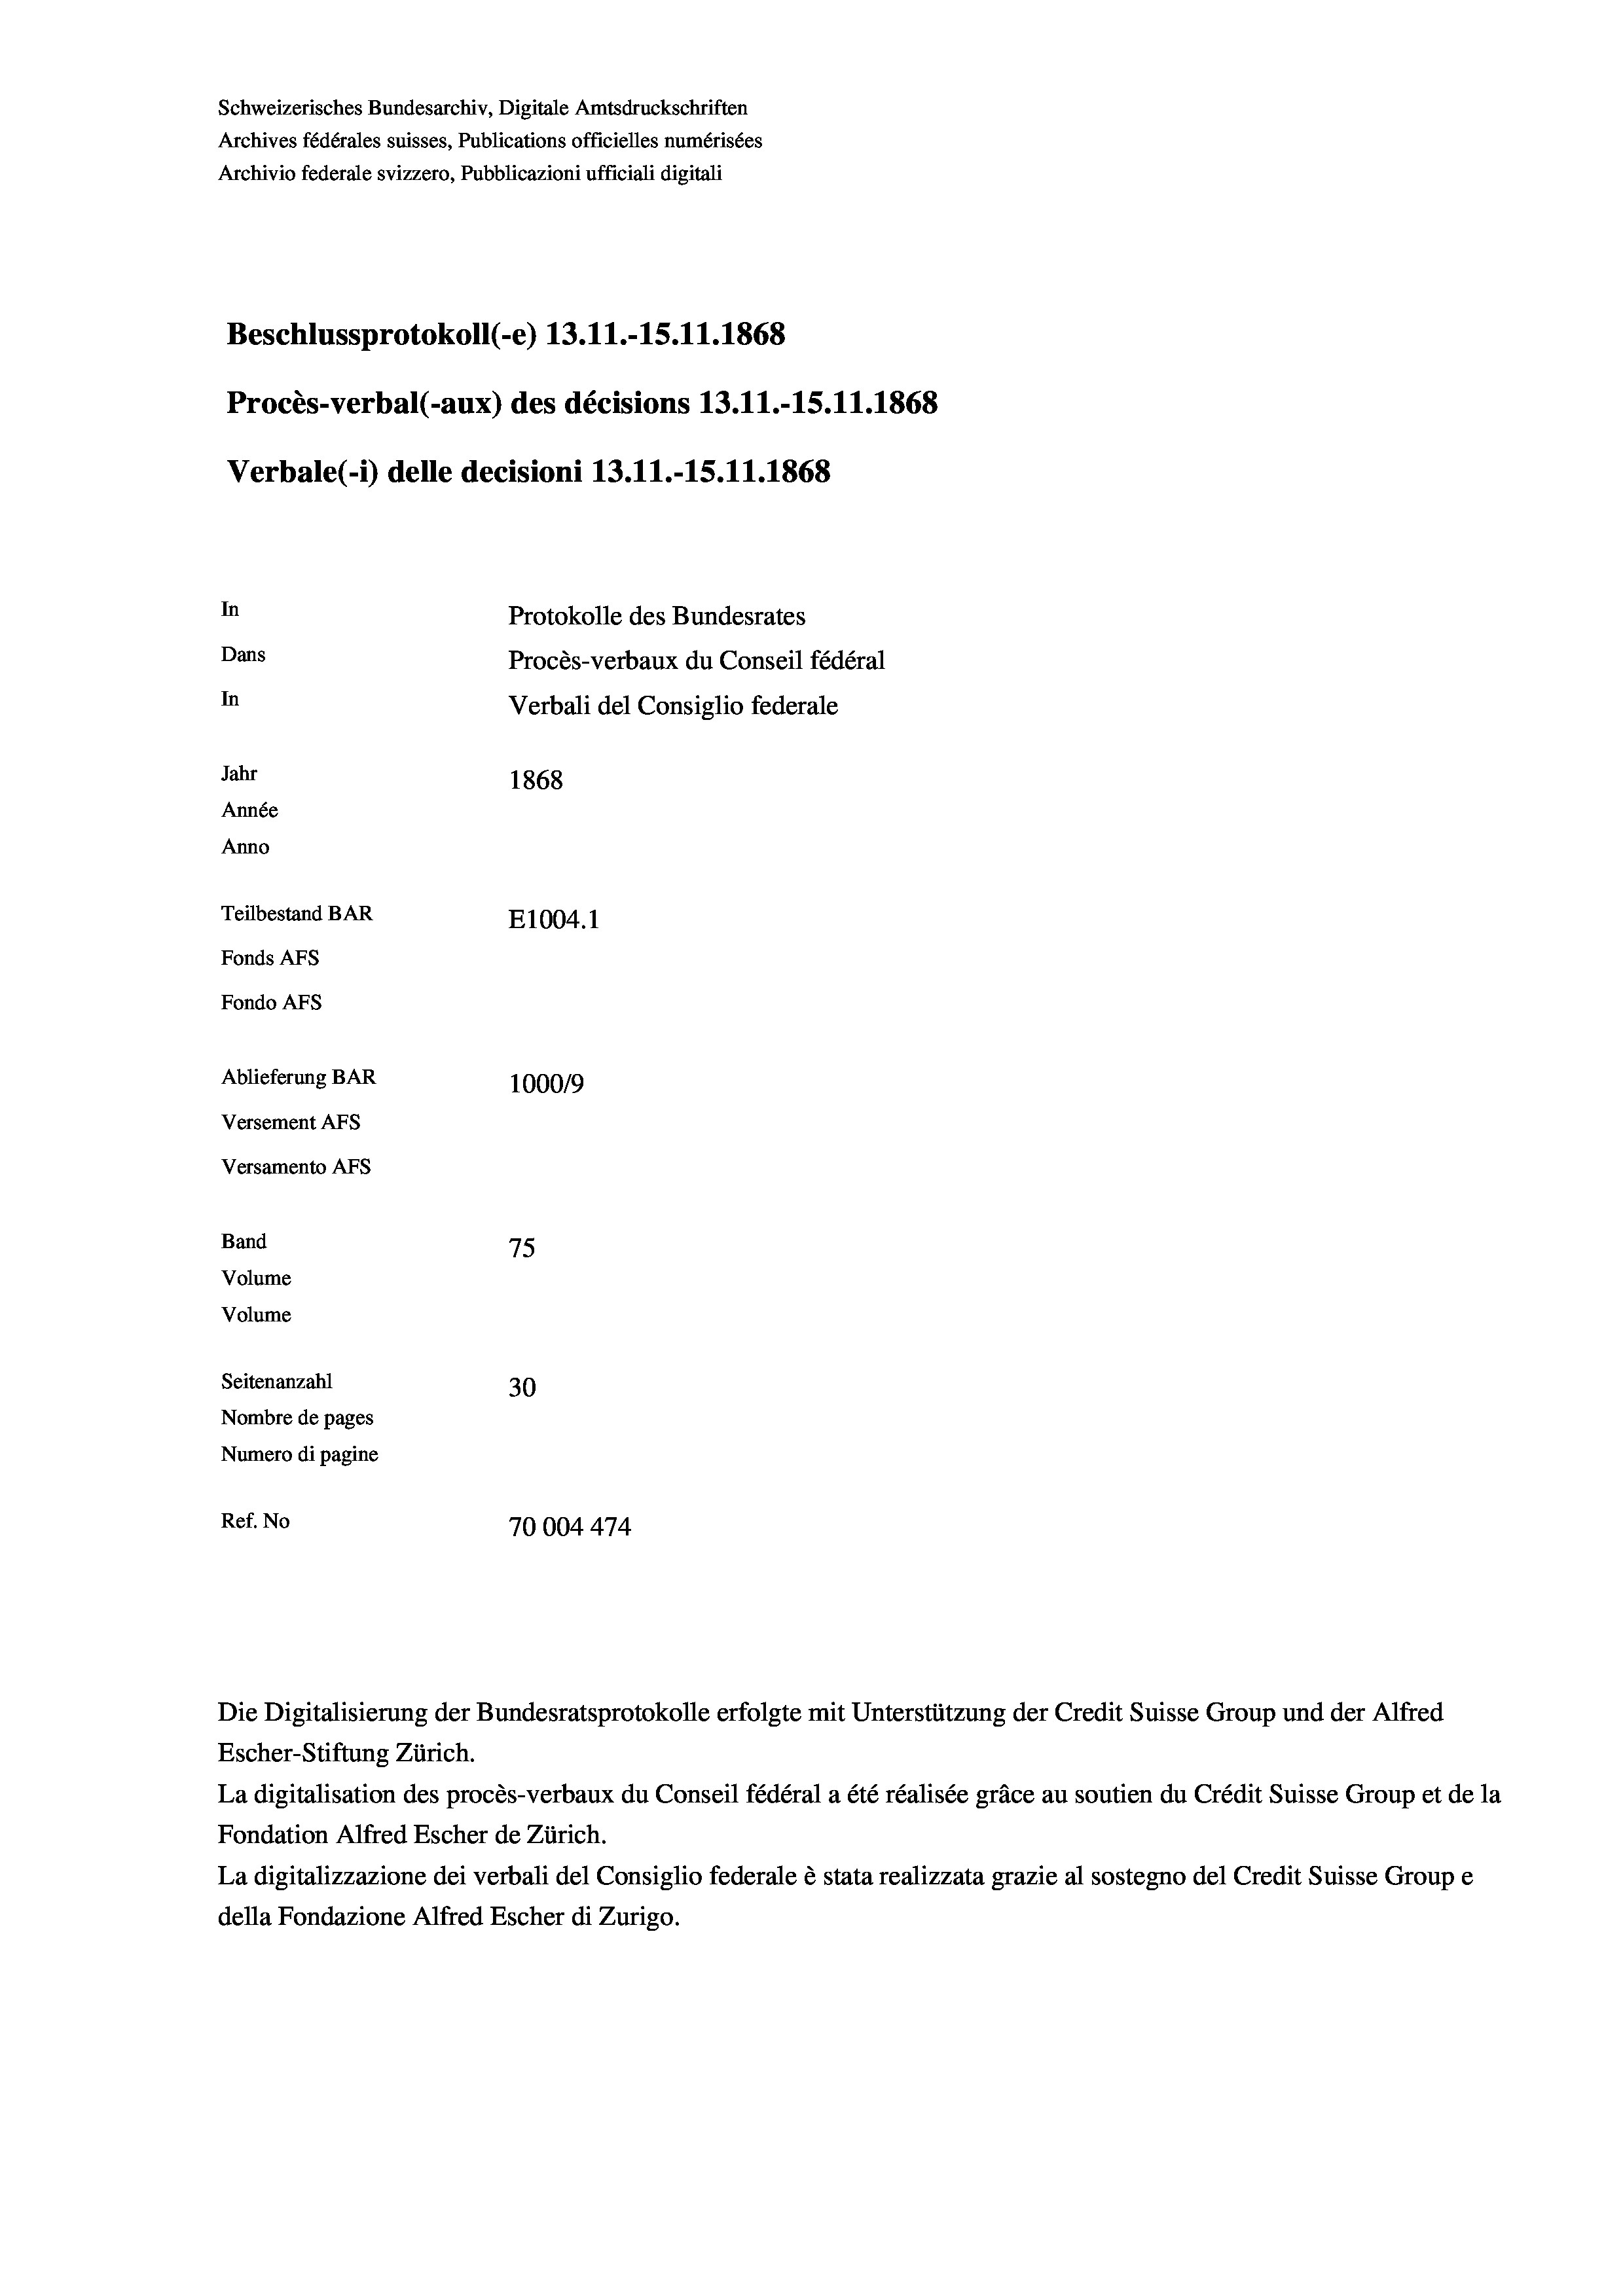
Schweizerisches Bundesarchiv, Digitale Amtsdruckschriften
Archives fédérales suisses, Publications officielles numérisées
Archivio federale svizzero, Pubblicazioni ufficiali digitali
Beschlussprotokoll (-e) 13.11.-15.11.1868
Procès-verbal (-aux) des décisions 13.11.-15.11.1868
Verbale(-*) delle decisioni 13.11.-15.11.1868
In
Protokolle des Bundesrates
Dans
Procès-verbaux du Conseil fédéral
In
Verbali del Consiglio federale
Jahr
1868
Année
Anno
Teilbestand BAR
E1004. 1
Fonds AFs
Fondo AFs
Ablieferung BAR
1000/9
Versement AFs
Versamento AFs
Band
75
Volume
Volume

Seitenanzahl
30
Nombre de pages
Numero di pagine
Ref. No
70004474

Die Digitalisierung der Bundesratsprotokolle erfolgte mit Unterstützung der Credit Suisse Group und der Alfred
Escher-Stiftung Zürich.
La digitalisation des procès-verbaux du Conseil fédéral a été réalisée gräce au soutien du Crédit Suisse Group et de la
Fondation Alfred Escher de Zürich.
La digitalizzazione dei verbali del Consiglio federale è stata realizzata grazie al sostegno del Credit Suisse Groupe
della Fondazione Alfred Escher di Zurigo.